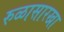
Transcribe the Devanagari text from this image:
रुळासारखा